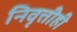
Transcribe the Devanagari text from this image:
निवृत्तीही